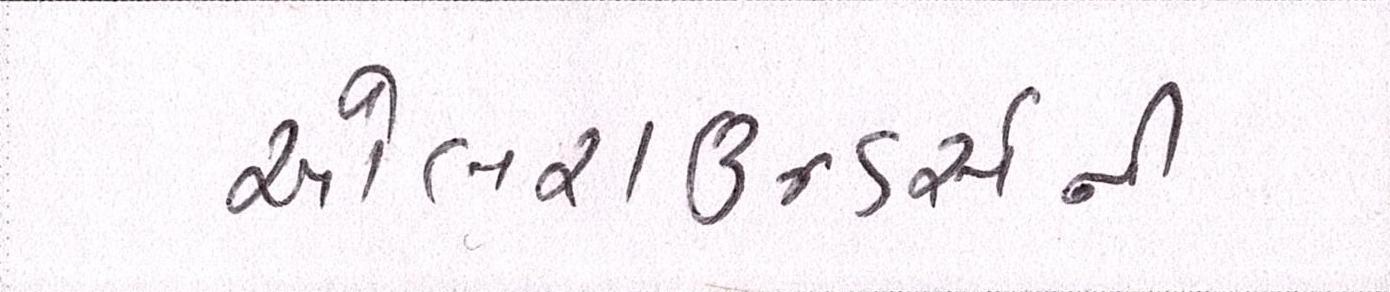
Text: ઓલરાઉન્ડર્સની